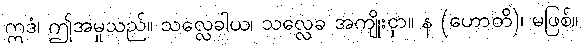
ဣဒံ၊ ဤအမှုသည်။ သလ္လေခါယ၊ သလ္လေခ အကျိုးငှာ။ န (ဟောတိ)၊ မဖြစ်။